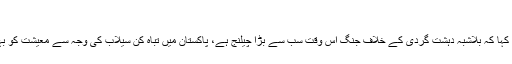
“
منظور احمد وٹو نے کہا کہ بلاشبہ دہشت گردی کے خلاف جنگ اس وقت سب سے بڑا چیلنج ہے، پاکستان میں تباہ کن سیلاب کی وجہ سے معیشت کو بہت نقصان پہنچا ہے۔